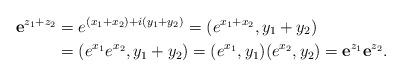
LaTeX: \begin{align*} \mathbf{e}^{z_1+z_2} & =e^{(x_1+x_2)+i(y_1+y_2)}=(e^{x_1+x_2},y_1+y_2)\\ & =(e^{x_1}e^{x_2},y_1+y_2)=(e^{x_1},y_1)(e^{x_2},y_2)=\mathbf{e}^{z_1}\mathbf{e}^{z_2}. \end{align*}